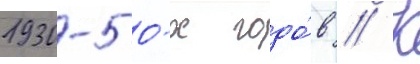
1930-50-х годо́в // К